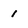
Character: 1